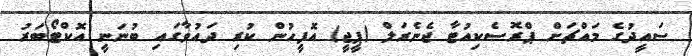
ސައީދުގެ މައްޗަށް ޕްރޮސެކިއުޓާ ޖެނެރަލް (ޕީޖީ) އޮފީހުން ކުރި ދައުވާގައި ބުނަނީ އޮކްޓޯބަރު